Indian journal of veterinary science and animal husbandry - Volumes 22-23, 1952-1953
Year: 1952
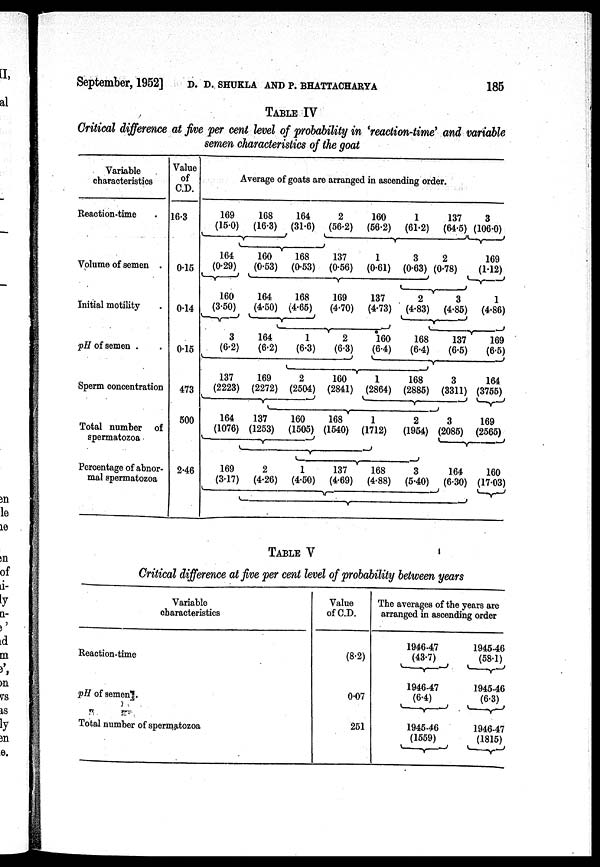
September, 1952] D. D. SHUKLA AND P. BHATTACHARYA 185
Table IV
Critical difference at five per cent level of probability in 'reaction-time' and variable
semen characteristics of the goat
Variable
characteristics
Reaction.time
Volume of semen
Initial motility
pH of semen
Sperm concentration
Total number of
Percentage of abnor-
mal spermatozoa
Value
of
C.D.
16.3
0.15
0.14
0.15
473
500
2.46
Average of goats are arranged in ascending order.
169
(15.0)
164
(0.29)
160
(3.50)
3
(6.2)
137
(2223)
164
(1076)
169
(3.17)
168
(16.3)
160
(0.53)
164
(4.50)
164
(6.2)
169
(2272)
137
(1253)
2
(4.26)
164
(31.6)
168
(0.53)
168
(4.65)
1
(6.3)
2
(2504)
160
(1505)
1
(4.50)
2
(56.2)
137
(0.56)
169
(4.70)
2
(6.3)
160
(2841)
168
(1540)
137
(4.69)
160
(56.2)
1
(0.61)
137
(4.73)
160
(6.4)
1
(2864)
1
(1712)
168
(4.88)
1
(61.2)
3
(0.63)
2
(4.83)
168
(6.4)
168
(2885)
2
(1954)
3
(5.40)
137
(64.5)
2
(0.78)
3
(4.85)
137
(6.5)
3
(3311)
3
(2085)
164
(6.30)
3
(106.0)
169
(1.12)
1
(4.86)
169
(6.5)
164
(3755)
169
(2565)
160
(17.03)
TABLE V
Critical difference at five per cent level of probability between years
Variable
characteristics
Reaction.time
pH of semen
Total number of spermatozoa
Value
of C.D.
(8.2)
0.07
251
The averages of the years are arranged in ascending order
1946.47
(43.7)
1946.47
(6.4)
1945.46
(1559)
1945.46
(58.1)
1945.46
(6.3)
1946.47
(1815)